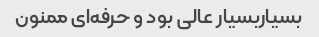
بسیاربسیار عالی بود و حرفه‌ای ممنون